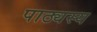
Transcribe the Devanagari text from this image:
पाठ्यस्य